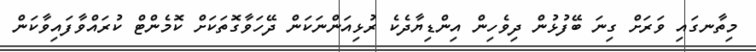
މިތާނގައި ވަރަށް ގިނަ ބޭފުޅުން ދިވެހިން އިންޑިޔާދެކެ ރުޅިއަންނަކަން ދޭހަވާގޮތަކަށް ކޮމެންޓް ކުރައްވާފައިވާކަން